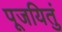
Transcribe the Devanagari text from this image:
पूजयितुं